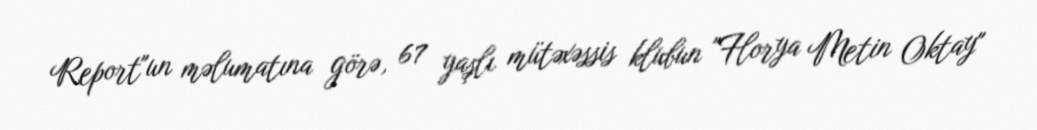
Report"un məlumatına görə, 67 yaşlı mütəxəssis klubun "Florya Metin Oktay"